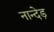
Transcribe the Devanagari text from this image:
नान्देड़